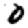
Digit: 0